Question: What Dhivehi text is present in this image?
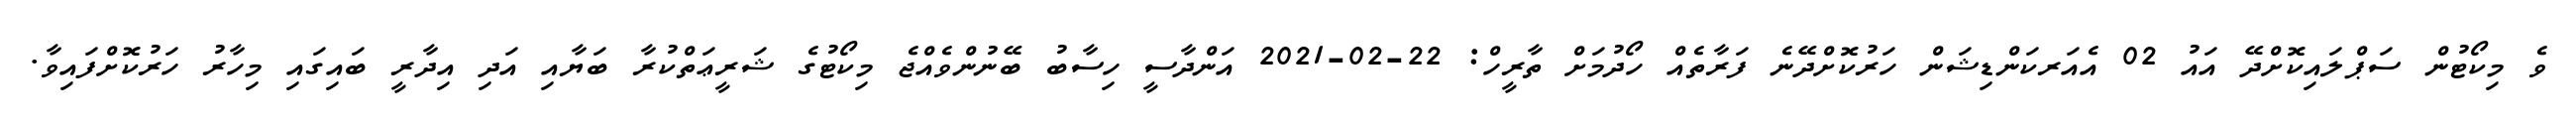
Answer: ވެ މިކޯޓުން ސަޕްލައިކޮށްދޭ އައު 02 އެއަރކަންޑިޝަން ހަރުކޮށްދޭނެ ފަރާތެއް ހޯދުމަށް ތާރީހް: 22-02-2021 އަންދާސީ ހިސާބު ބޭނުންވެއްޖެ މިކޯޓުގެ ޝަރީޢަތްކުރާ ބަޔާއި އަދި އިދާރީ ބައިގައި މިހާރު ހަރުކޮށްފައިވާ.